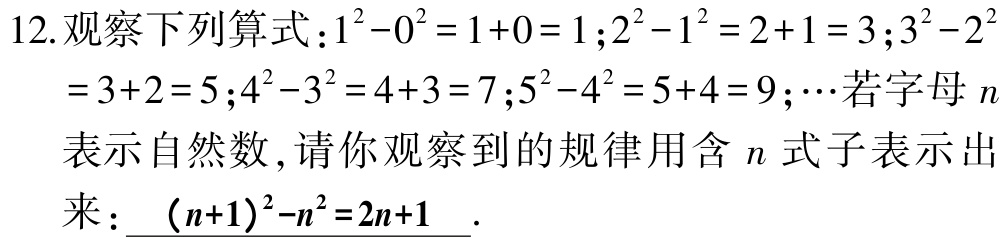
12. 观察下列算式：\(1^{2}-0^{2}=1 + 0 = 1\)；\(2^{2}-1^{2}=2 + 1 = 3\)；\(3^{2}-2^{2}=3 + 2 = 5\)；\(4^{2}-3^{2}=4 + 3 = 7\)；\(5^{2}-4^{2}=5 + 4 = 9\)；\(\cdots\) 若字母 \(n\)表示自然数，请你观察到的规律用含 \(n\) 式子表示出来：\((n + 1)^{2}-n^{2}=2n + 1\).